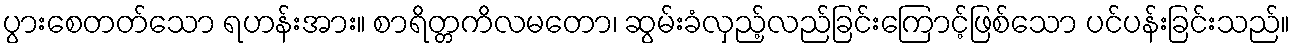
ပွားစေတတ်သော ရဟန်းအား။ စာရိတ္တကိလမတော၊ ဆွမ်းခံလှည့်လည်ခြင်းကြောင့်ဖြစ်သော ပင်ပန်းခြင်းသည်။